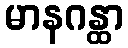
မာနဂန္ထာ